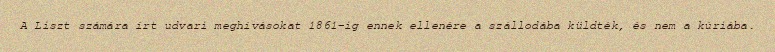
A Liszt számára írt udvari meghívásokat 1861-ig ennek ellenére a szállodába küldték, és nem a kúriába.